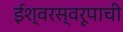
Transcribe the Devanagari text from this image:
ईश्वरस्वरूपाची